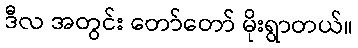
ဒီလ အတွင်း တော်တော် မိုးရွာတယ်။